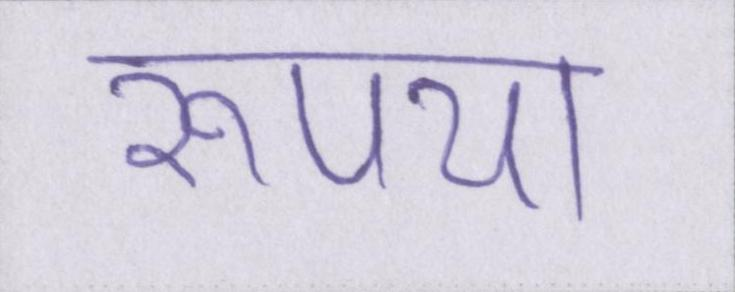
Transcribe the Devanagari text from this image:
रूपया